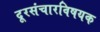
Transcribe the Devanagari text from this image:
दूरसंचारविषयक